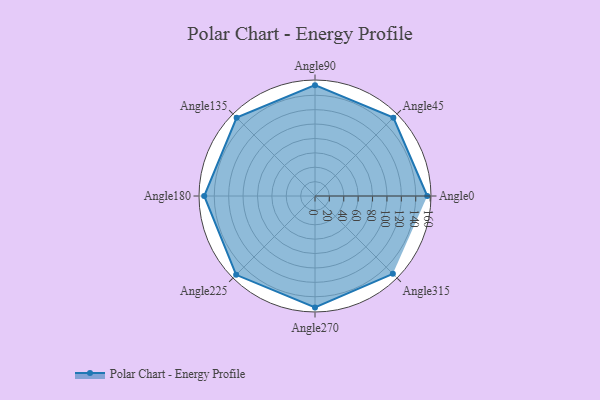
{"axis": {"x": "Angle", "y": "Radius"}, "legend": [""], "data": [{"x": "Angle0", "y": 156.0, "type": ""}, {"x": "Angle45", "y": 154.0, "type": ""}, {"x": "Angle90", "y": 154.0, "type": ""}, {"x": "Angle135", "y": 154.0, "type": ""}, {"x": "Angle180", "y": 154.0, "type": ""}, {"x": "Angle225", "y": 155.0, "type": ""}, {"x": "Angle270", "y": 155.0, "type": ""}, {"x": "Angle315", "y": 153.0, "type": ""}]}